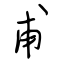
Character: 甫